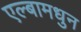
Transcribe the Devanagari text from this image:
एल्बामधुन